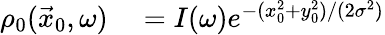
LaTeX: \begin{array}{rl}{\rho_{0}(\vec{x}_{0},\omega)}&{{}=I(\omega)e^{-(x_{0}^{2}+y_{0}^{2})/(2\sigma^{2})}}\end{array}